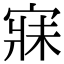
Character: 寐